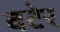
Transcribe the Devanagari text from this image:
वटेर